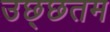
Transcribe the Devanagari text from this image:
उछ्छतम